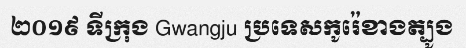
២០១៩ ទីក្រុង Gwangju ប្រទេសកូរ៉េខាងត្បូង